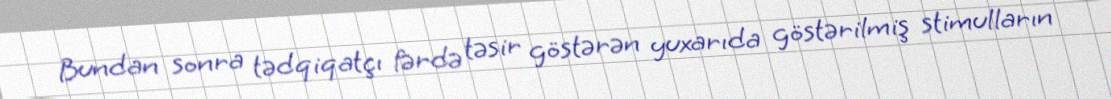
Bundan sonra tədqiqatçı fərdə təsir göstərən yuxarıda göstərilmiş stimulların